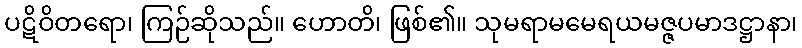
ပဋိဝိတရော၊ ကြဉ်ဆိုသည်။ ဟောတိ၊ ဖြစ်၏။ သုမရာမမေရယမဇ္ဇပမာဒဋ္ဌာနာ၊